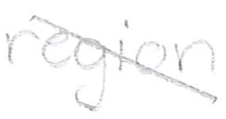
Text: region.
Cross-out: diagonal
Writing tool: pencil